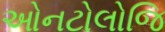
ઓનટોલોજિ